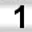
Digit: 1